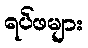
ရပ်ဖများ